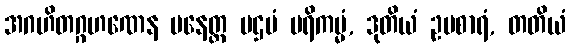
အဂဟိတဂ္ဂဟဏေန ပနေတ္ထ ပဌမံ ပရိကမ္မံ, ဒုတိယံ ဥပစာရံ, တတိယံ